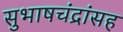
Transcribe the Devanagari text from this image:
सुभाषचंद्रांसह